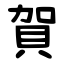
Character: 賀